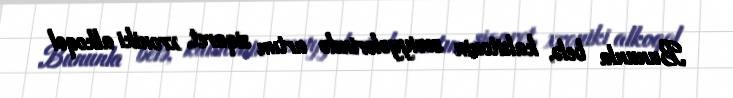
Bununla belə, kalsitonin səviyyələrində artım siqaret, xroniki alkoqol